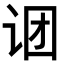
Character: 𬣫